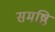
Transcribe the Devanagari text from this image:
समष्ठि